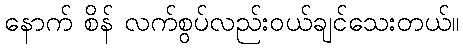
နောက် စိန် လက်စွပ်လည်းဝယ်ချင်သေးတယ်။